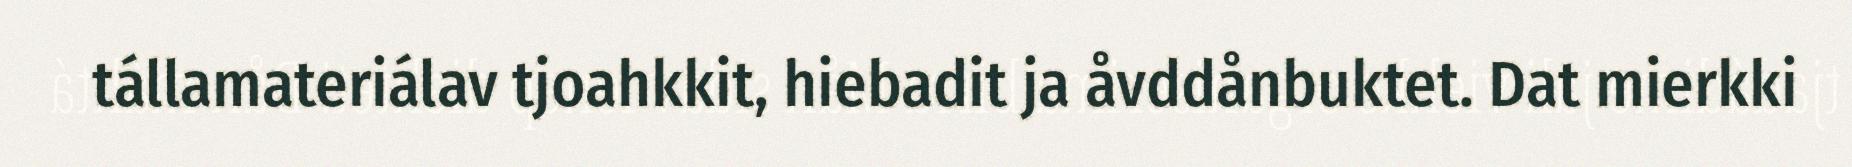
tállamateriálav tjoahkkit, hiebadit ja åvddånbuktet. Dat mierkki